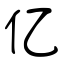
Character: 亿